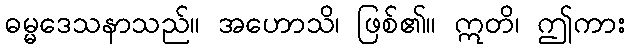
ဓမ္မဒေသနာသည်။ အဟောသိ၊ ဖြစ်၏။ ဣတိ၊ ဤကား